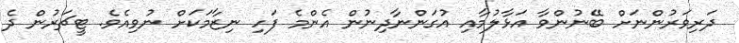
ދަރިވަރުންނަށް ބޭނުންވާ އަޅާލުމާއި އުގަންނާދިނުން އެންމެ ފަހި ނިޒާމަކަށް ނުވިއެވެ. ޓީޗަރުން ދެ